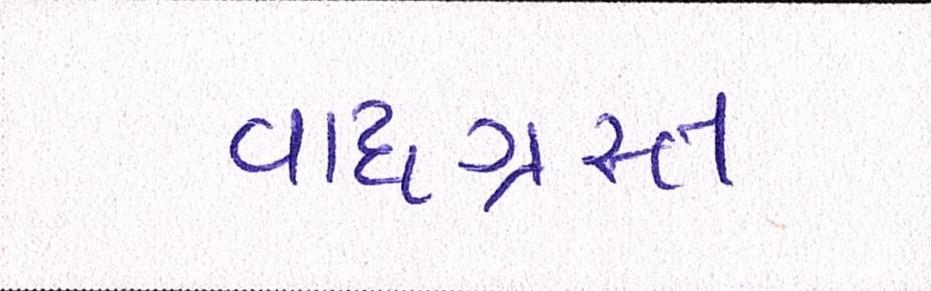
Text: વાદગ્રસ્ત